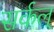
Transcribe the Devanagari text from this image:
सर्कल्